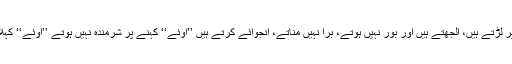
وہ بھی آپس میں اِنہی لائنوں پر لڑتے ہیں، الجھتے ہیں اور بور نہیں ہوتے، بُرا نہیں مناتے، انجوائے کرتے ہیں ’’اوئے‘‘ کہنے پر شرمندہ نہیں ہوتے ’’اوئے‘‘ کہلا کر بھی شرمندہ نہیں ہوتے ۔